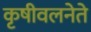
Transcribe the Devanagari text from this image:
कृषीवलनेते